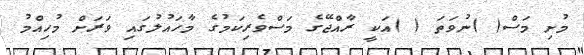
މުށި މަސް( )ނުވަތަ ( )އަކީ ރާއްޖޭގެ މަސްވެރިކަމުގެ މާހައުލުގައި ވަރަށް މުހިއްމު